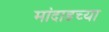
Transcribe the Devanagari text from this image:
मांदाडच्या